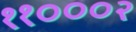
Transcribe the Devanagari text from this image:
११०००२